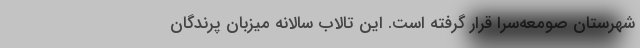
شهرستان صومعه‌سرا قرار گرفته است. این تالاب سالانه میزبان پرندگان